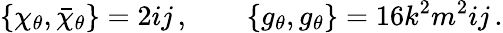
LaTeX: \left\{ \chi_{\theta},\bar{\chi}_{\theta}\right\} =2ij\, ,\qquad\left\{ g_{\theta},g_{\theta}\right\} =16k^{2}m^{2}ij\, .